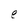
Character: e